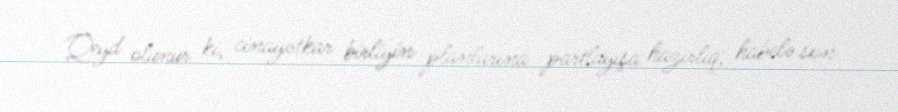
Qeyd olunur ki, cinayətkar birliyin planlarına partlayışa hazırlıq, habelə son